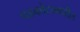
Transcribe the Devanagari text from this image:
पडकोटामधील